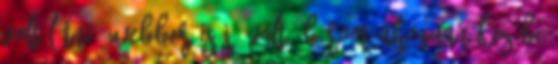
volt látni, webber is jó volt, bírom ahogyan kezébe